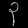
Digit: ၃